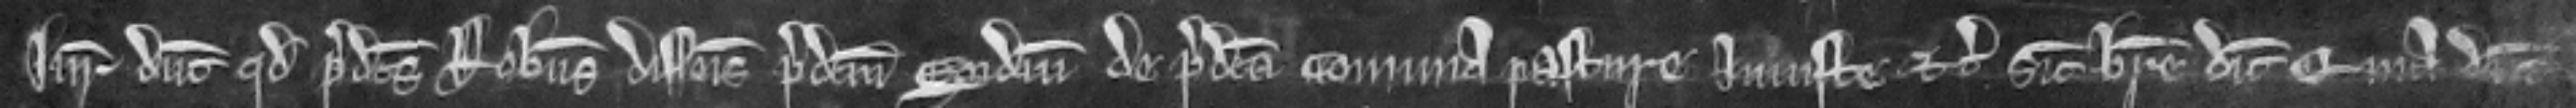
Juratores dicunt quod predictus Robertus disseisivit predictum Egidium de predicta communa pasture injuste etc. sicut breve dicit. Quia dicunt